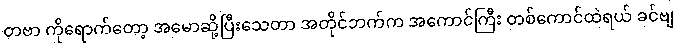
တဗာ ကိုရောက်တော့ အမောဆို့ပြီးသေတာ အတိုင်ဘက်က အကောင်ကြီး တစ်ကောင်ထဲရယ် ခင်ဗျ